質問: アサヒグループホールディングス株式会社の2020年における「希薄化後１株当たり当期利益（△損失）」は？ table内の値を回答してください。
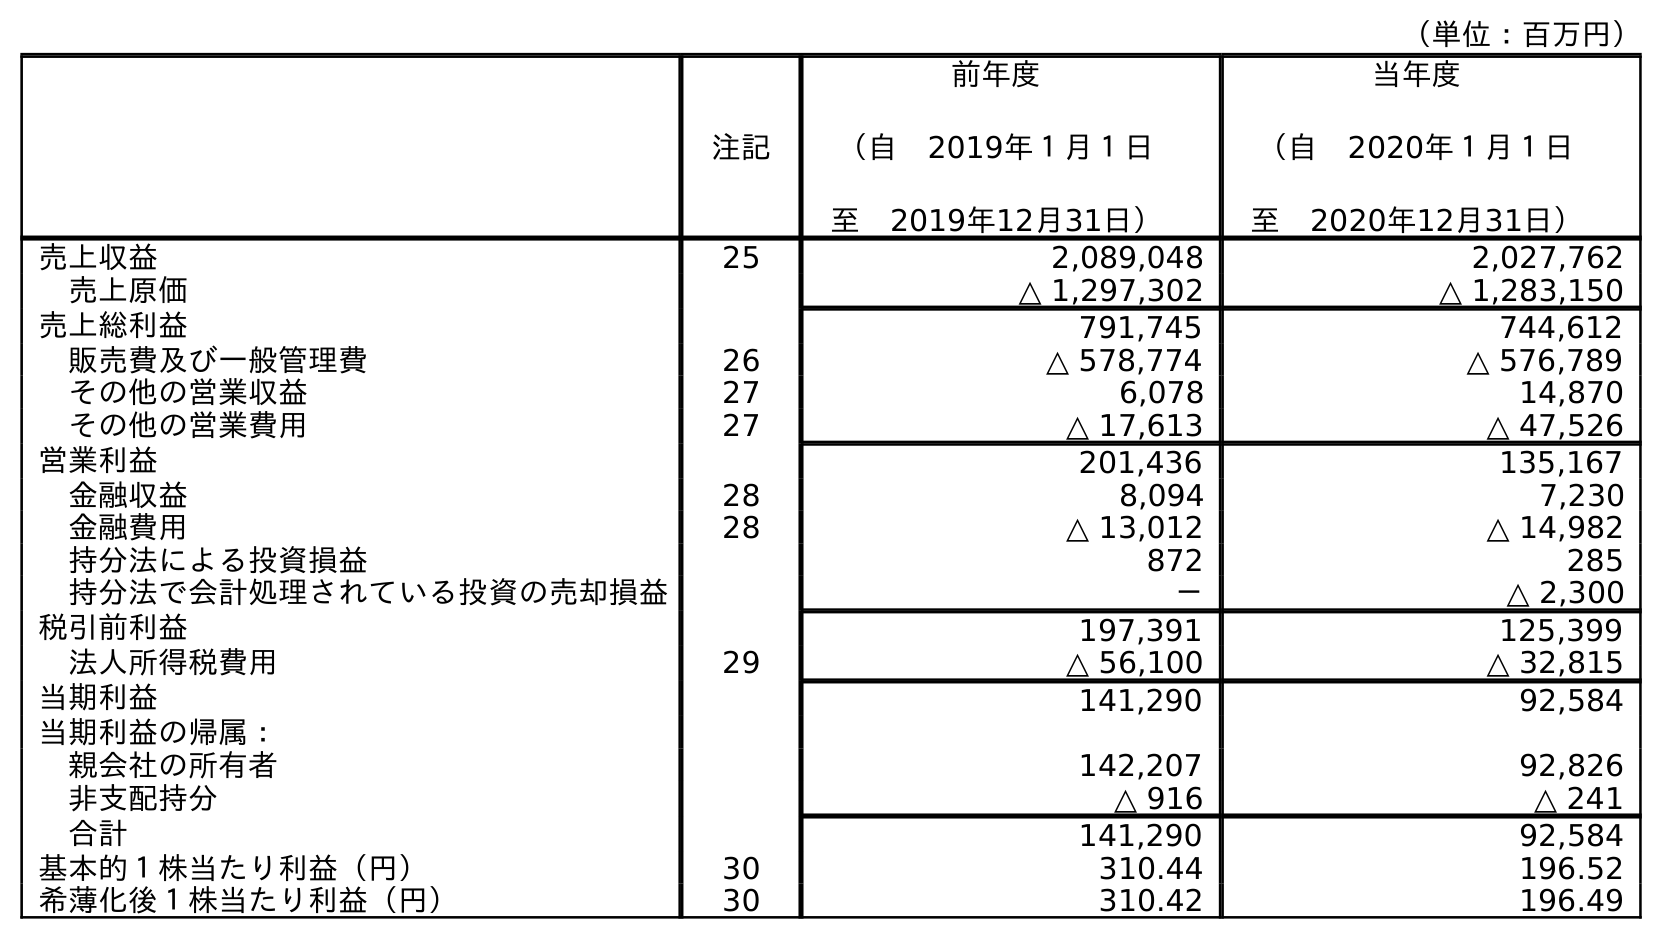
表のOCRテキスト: （単位：百万円） 注記 前年度 （自 2019年１月１日 至 2019年12月31日） 当年度 （自 2020年１月１日 至 2020年12月31日） 売上収益 25 2,089,048 2,027,762 売上原価 △ 1,297,302 △ 1,283,150 売上総利益 791,745 744,612 販売費及び一般管理費 26 △ 578,774 △ 576,789 その他の営業収益 27 6,078 14,870 その他の営業費用 27 △ 17,613 △ 47,526 営業利益 201,436 135,167 金融収益 28 8,094 7,230 金融費用 28 △ 13,012 △ 14,982 持分法による投資損益 872 285 持分法で会計処理されている投資の売却損益 － △ 2,300 税引前利益 197,391 125,399 法人所得税費用 29 △ 56,100 △ 32,815 当期利益 141,290 92,584 当期利益の帰属： 親会社の所有者 142,207 92,826 非支配持分 △ 916 △ 241 合計 141,290 92,584 基本的１株当たり利益（円） 30 310.44 196.52 希薄化後１株当たり利益（円） 30 310.42 196.49
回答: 196.49